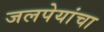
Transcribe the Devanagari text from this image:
जलपेयांचा